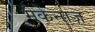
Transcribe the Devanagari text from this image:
मैकेनाज़